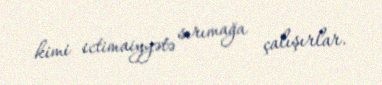
kimi ictimaiyyətə sırımağa çalışırlar.